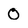
Character: 0